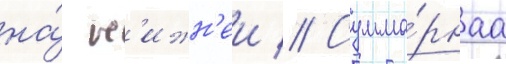
на́ н'ижн'еи // Сумма́рнаа